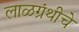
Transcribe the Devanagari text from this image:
लाळग्रंथीचे